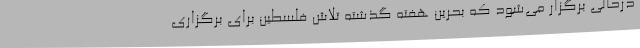
درحالی برگزار می‌شود که بحرین هفته گذشته تلاش فلسطین برای برگزاری